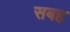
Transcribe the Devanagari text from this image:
सबह